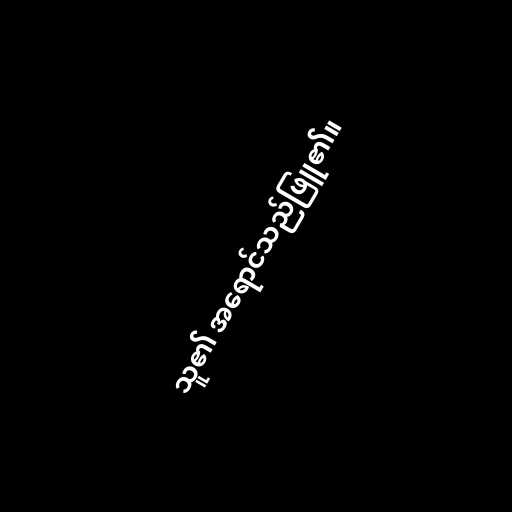
သူ၏ အရောင်သည်ဖြူ၏။